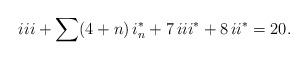
LaTeX: \begin{align*} iii + \sum (4+n)\,i_n^* + 7\,iii^* + 8\,ii^* = 20.\end{align*}